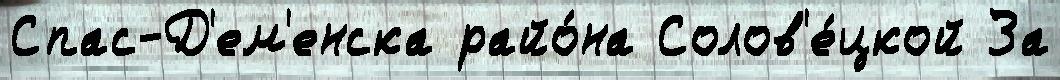
Спас-Д'ем'енска райо́на Солов'е́цкой За